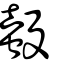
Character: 螜